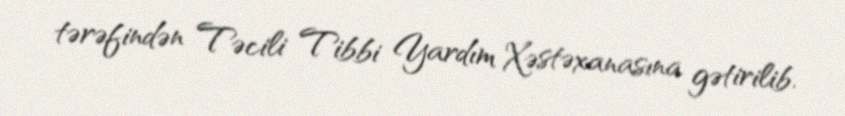
tərəfindən Təcili Tibbi Yardım Xəstəxanasına gətirilib.